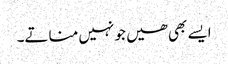
ایسے بھی ھیں جو نہیں مناتے۔